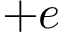
+ e